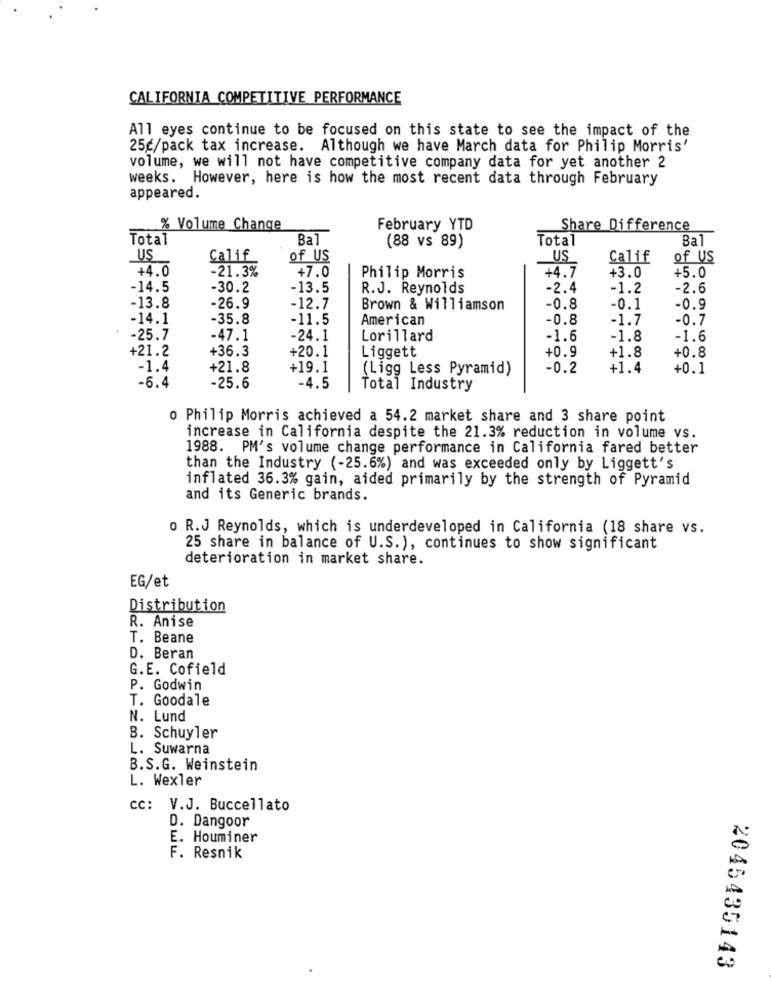
CALIFORNIA COMPETITIVE PERFORMANCE
All eyes continue to be focused on this state to see the impact of the
25g/pack tax increase. Although we have March data for Philip Morris'
volume, we will not have competitive company data for yet another 2
weeks. However, here is how the most recent data through February
appeared.
% Volume Change
February YTD
Share Difference
Total
Bal
Total
Bal
(88 vs 89)
US
Calif
of US
US
Calif
of US
+4.0
-21.3%
+4.7
+5.0
+7.0
Philip Morris
+3.0
-14.5
-30.2
-13.5
R.J. Reynolds
-2.4
-1.2
-2.6
-13.8
-26.9
-12.7
Brown & Williamson
-0.8
-0.1
-0.9
-14.1
-35.8
-11.5
American
-0.8
-1.7
-0.7
-25.7
-47.1
-24.1
Lorillard
-1.6
-1.8
-1.6
+21.2
+36.3
+20.1
+0.9
+1.8
+0.8
Liggett
-1.4
+21.8
+19.1
(Ligg Less Pyramid)
-0.2
+1.4
+0.1
-6.4
-25.6
-4.5
Total Industry
o Philip Morris achieved a 54.2 market share and 3 share point
increase in California despite the 21.3% reduction in volume vs.
1988. PM's volume change performance in California fared better
than the Industry (-25.6%) and was exceeded only by Liggett's
inflated 36.3% gain, aided primarily by the strength of Pyramid
and its Generic brands.
o R.J Reynolds, which is underdeveloped in California (18 share vs.
25 share in balance of U.S.), continues to show significant
deterioration in market share.
EG/et
Distribution
R. Anise
T. Beane
D. Beran
G.E. Cofield
P. Godwin
T. Goodale
N. Lund
B. Schuyler
L. Suwarna
B.S.G. Weinstein
L. Wexler
Cc: V.J. Buccellato
D. Dangoor
E. Houminer
F. Resnik
2045435143